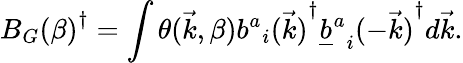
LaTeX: {B_{G}(\beta)}^{\dagger}=\int\theta(\vec{k},\beta){{b^{a}}_{i}(\vec{k})}^{\dagger}{{{\underline{{b}}}^{a}}_{i}(-\vec{k})}^{\dagger}d\vec{k}.